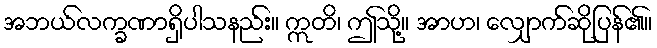
အဘယ်လက္ခဏာရှိပါသနည်း။ ဣတိ၊ ဤသို့။ အာဟ၊ လျှောက်ဆိုပြန်၏။